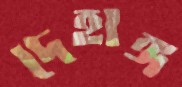
দেহাঙ্গ